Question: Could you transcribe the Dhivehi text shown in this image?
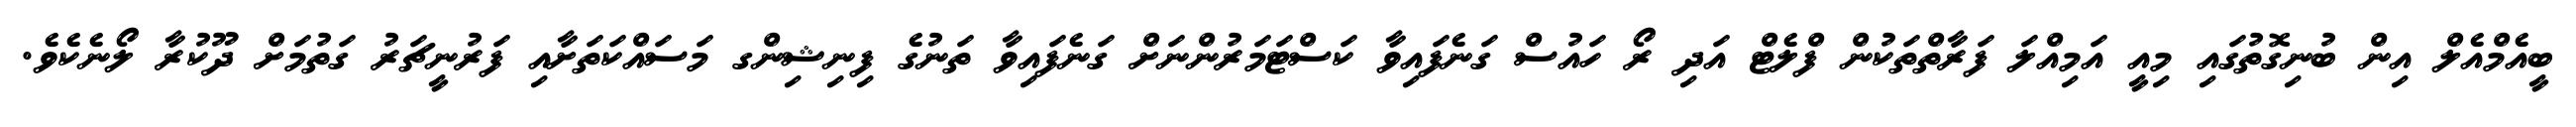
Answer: ބީއެމްއެލް އިން ބުނިގޮތުގައި މިއީ އަމިއްލަ ފަރާތްތަކުން ފްލެޓް އަދި ރޯ ހައުސް ގަނެފައިވާ ކަސްޓަމަރުންނަށް ގަނެފައިވާ ތަނުގެ ފިނިޝިންގ މަސައްކަތަށާއި ފަރުނީޗަރު ގަތުމަށް ދޫކުރާ ލޯނެކެވެ.